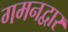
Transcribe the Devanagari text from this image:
गमनद्वार